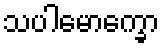
သပါမောက္ခော